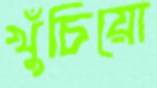
খুঁচিয়ো